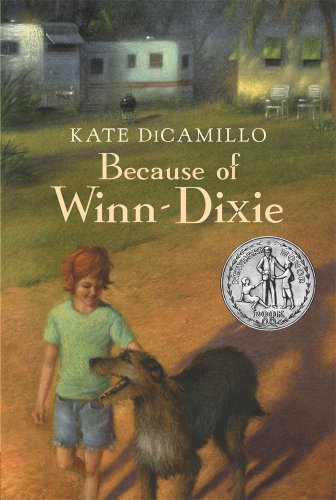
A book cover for Because of Winn-Dixie; Kate DiCamillo; Children's Books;